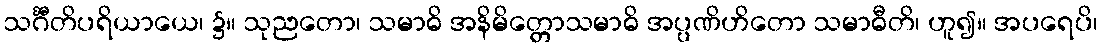
သင်္ဂီတိပရိယာယေ၊ ၌။ သုညတော၊ သမာဓိ အနိမိတ္တောသမာဓိ အပ္ပဏိဟိတော သမာဓီတိ၊ ဟူ၍။ အပရေပိ၊